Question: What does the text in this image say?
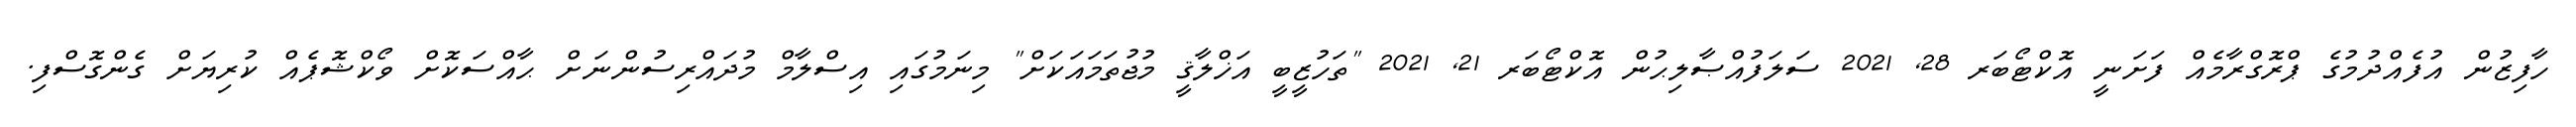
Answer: ހާފިޒުން އުފެއްދުމުގެ ޕްރޮގްރާމެއް ފަށަނީ އޮކްޓޯބަރ 28, 2021 ސަލަފުއްޞާލިޙުން އޮކްޓޯބަރ 21, 2021 "ތަހުޒީބީ އަޚްލާޤީ މުޖުތަމައަކަށް" މިނަމުގައި އިސްލާމް މުދައްރިސުންނަށް ޙާއްސަކޮށް ވޯކްޝޮޕެއް ކުރިޔަށް ގެންގޮސްފި.